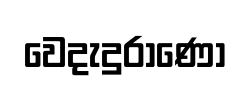
වෙදැදුරාණෝ